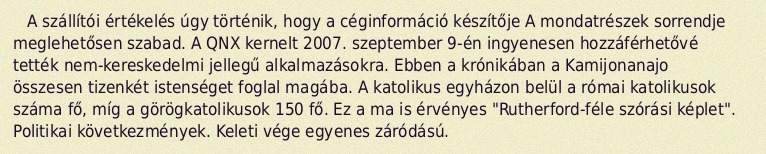
A szállítói értékelés úgy történik, hogy a céginformáció készítője A mondatrészek sorrendje meglehetősen szabad. A QNX kernelt 2007. szeptember 9-én ingyenesen hozzáférhetővé tették nem-kereskedelmi jellegű alkalmazásokra. Ebben a krónikában a Kamijonanajo összesen tizenkét istenséget foglal magába. A katolikus egyházon belül a római katolikusok száma fő, míg a görögkatolikusok 150 fő. Ez a ma is érvényes "Rutherford-féle szórási képlet". Politikai következmények. Keleti vége egyenes záródású.